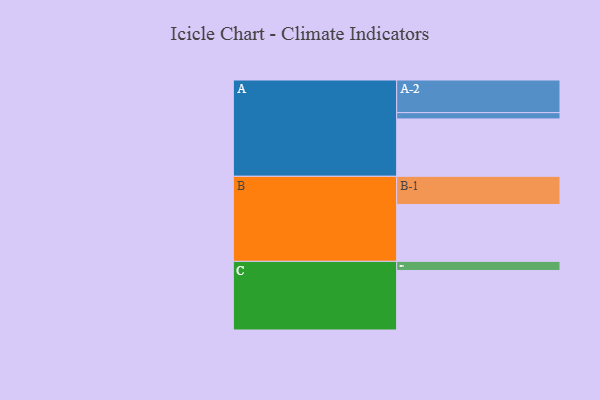
{"axis": {"x": "Segment", "y": "Value"}, "legend": ["", "A", "B", "C"], "data": [{"x": "A", "y": 473, "type": ""}, {"x": "B", "y": 469, "type": ""}, {"x": "C", "y": 491, "type": ""}, {"x": "A-1", "y": 52, "type": "A"}, {"x": "A-2", "y": 269, "type": "A"}, {"x": "B-1", "y": 232, "type": "B"}, {"x": "C-1", "y": 75, "type": "C"}]}